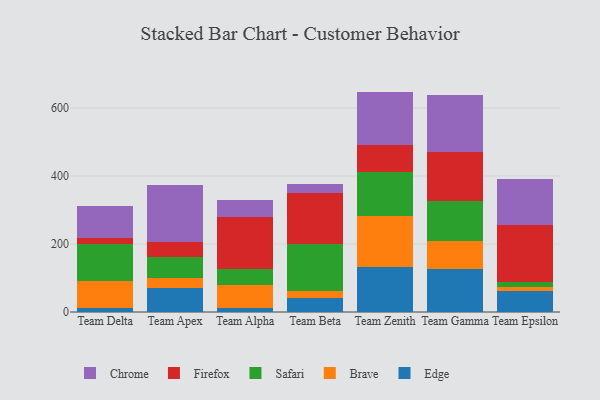
{"axis": {"x": "Team", "y": "Demand Index"}, "legend": ["Brave", "Chrome", "Edge", "Firefox", "Safari"], "data": [{"x": "Team Delta", "y": 12.6, "type": "Edge"}, {"x": "Team Delta", "y": 78.1, "type": "Brave"}, {"x": "Team Delta", "y": 110.0, "type": "Safari"}, {"x": "Team Delta", "y": 16.6, "type": "Firefox"}, {"x": "Team Delta", "y": 95.3, "type": "Chrome"}, {"x": "Team Apex", "y": 71.7, "type": "Edge"}, {"x": "Team Apex", "y": 29.2, "type": "Brave"}, {"x": "Team Apex", "y": 60.3, "type": "Safari"}, {"x": "Team Apex", "y": 45.4, "type": "Firefox"}, {"x": "Team Apex", "y": 168.0, "type": "Chrome"}, {"x": "Team Alpha", "y": 11.5, "type": "Edge"}, {"x": "Team Alpha", "y": 68.0, "type": "Brave"}, {"x": "Team Alpha", "y": 47.7, "type": "Safari"}, {"x": "Team Alpha", "y": 153.1, "type": "Firefox"}, {"x": "Team Alpha", "y": 49.4, "type": "Chrome"}, {"x": "Team Beta", "y": 42.1, "type": "Edge"}, {"x": "Team Beta", "y": 19.6, "type": "Brave"}, {"x": "Team Beta", "y": 137.9, "type": "Safari"}, {"x": "Team Beta", "y": 151.9, "type": "Firefox"}, {"x": "Team Beta", "y": 24.7, "type": "Chrome"}, {"x": "Team Zenith", "y": 133.2, "type": "Edge"}, {"x": "Team Zenith", "y": 149.9, "type": "Brave"}, {"x": "Team Zenith", "y": 130.1, "type": "Safari"}, {"x": "Team Zenith", "y": 77.5, "type": "Firefox"}, {"x": "Team Zenith", "y": 157.6, "type": "Chrome"}, {"x": "Team Gamma", "y": 125.4, "type": "Edge"}, {"x": "Team Gamma", "y": 82.9, "type": "Brave"}, {"x": "Team Gamma", "y": 117.9, "type": "Safari"}, {"x": "Team Gamma", "y": 144.0, "type": "Firefox"}, {"x": "Team Gamma", "y": 167.2, "type": "Chrome"}, {"x": "Team Epsilon", "y": 61.0, "type": "Edge"}, {"x": "Team Epsilon", "y": 11.3, "type": "Brave"}, {"x": "Team Epsilon", "y": 15.7, "type": "Safari"}, {"x": "Team Epsilon", "y": 166.7, "type": "Firefox"}, {"x": "Team Epsilon", "y": 136.9, "type": "Chrome"}]}